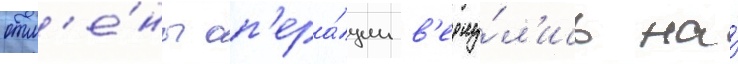
отм'е́ны оп'ера́ции в'ерну́л'ись на́